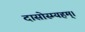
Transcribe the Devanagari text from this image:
दासोस्म्यहम्।